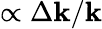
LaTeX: \propto\Delta\mathbf{k}/\mathbf{k}